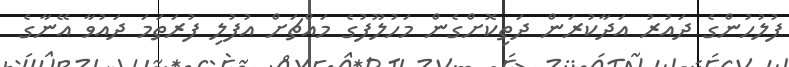
ފުލުހުންގެ ދައުރު އަދާކުރަން ދަތިކޮށްގެން މަހުލޫފުގެ މައްޗަށް އުފުލި ފުރަތަމަ ދައުވާ އޭނާގެ